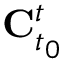
\mathbf { C } _ { t _ { 0 } } ^ { t }